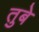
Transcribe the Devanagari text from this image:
तुबे